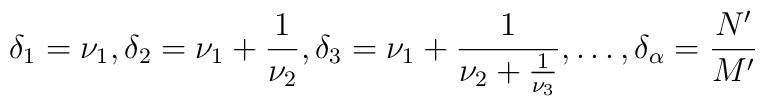
\delta_1 = \nu_1, \delta_2= \nu_1 + \frac{1}{\nu_2},\delta_3 = \nu_1 + \frac{1}{\nu_2 + \frac{1}{\nu_3}},\dots,\delta_{\alpha}= \frac{N'}{M'}